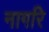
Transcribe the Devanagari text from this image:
नागरि